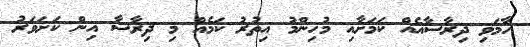
ހާމަވި ދިރާސާއެއް ކަމަށާއި މުހިންމު އިތުރު ކަމެއް މި ދިރާސާ އިން ކަށަވަރު